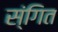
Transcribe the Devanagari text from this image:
स्ंगित